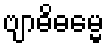
ဗျာဓိဓမ္မေ